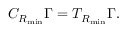
C _ { R _ { \mathrm { m i n } } } \Gamma = T _ { R _ { \mathrm { m i n } } } \Gamma .